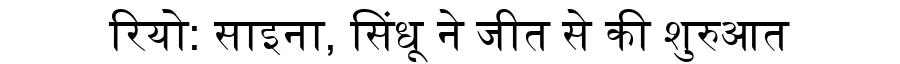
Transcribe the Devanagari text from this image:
रियो: साइना, सिंधू ने जीत से की शुरुआत